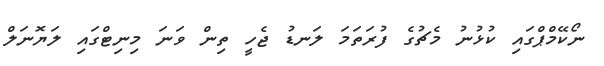
ނޯކޭމްޕްގައި ކުޅުނު މެޗުގެ ފުރަތަމަ ލަނޑު ޖެހީ ތިން ވަނަ މިނިޓްގައި ލަޔޮނަލް